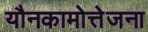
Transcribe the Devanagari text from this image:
यौनकामोत्तेजना